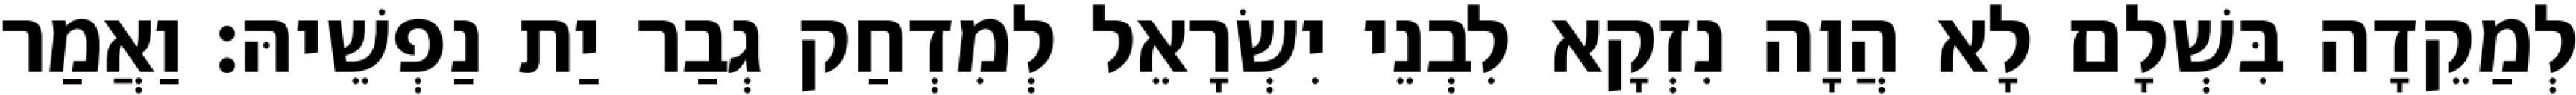
לְמַקֵדָה בִּשְׁלָם לָא הֲוָה נִזְקָא לִבְנֵי יִשְׂרָאֵל לְמִדְחַק גְבַר יַת נַפְשֵׁיהּ׃ וַאֲמַר